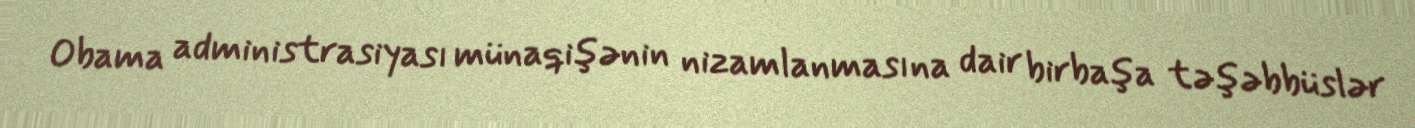
Obama administrasiyası münaqişənin nizamlanmasına dair birbaşa təşəbbüslər